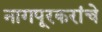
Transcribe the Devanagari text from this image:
नागपूरकरांचे